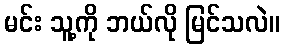
မင်း သူ့ကို ဘယ်လို မြင်သလဲ။